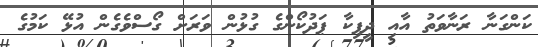
ކަންގަނާ ރަނާވަތު އާއި ދީޕިކާ ޕަދުކޯންގެ ގުޅުން ވަރަށް ގޯސްވެގެން އުޅޭ ކަމުގެ